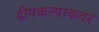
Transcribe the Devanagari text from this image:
द्वीपकल्पाकवर